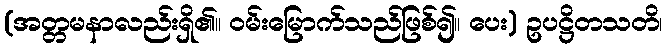
(အတ္တမနာလည်းရှိ၏။ ဝမ်းမြောက်သည်ဖြစ်၍။ ပေး) ဥပဋ္ဌိတသတိ၊